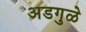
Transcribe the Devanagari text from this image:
अडगुळे